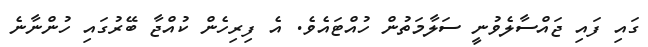
ގައި ފައި ޖައްސާލެވުނީ ސަލާމަތުން ހުއްޓައެވެ. އެ ފިރިހެން ކުއްޖާ ބޭރުގައި ހުންނާނެ